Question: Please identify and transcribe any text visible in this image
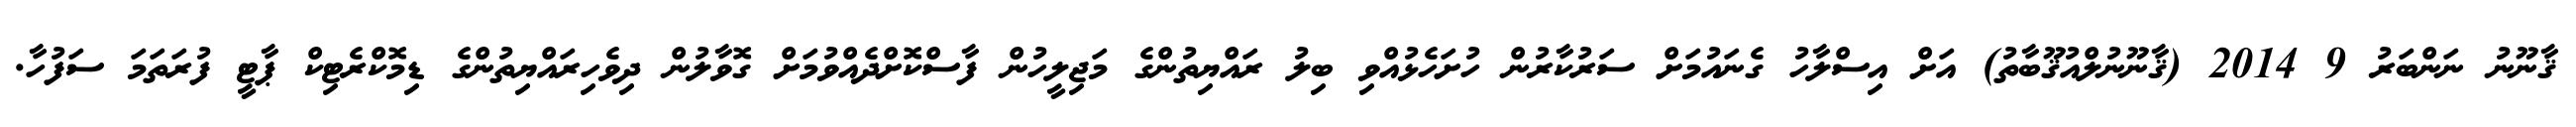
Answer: ޤާނޫނު ނަންބަރު 9 2014 (ޤާނޫނުލްއުޤޫބާތު) އަށް އިސްލާހު ގެނައުމަށް ސަރުކާރުން ހުށަހެޅުއްވި ބިލު ރައްޔިތުންގެ މަޖިލީހުން ފާސްކޮށްދެއްވުމަށް ގޮވާލުން ދިވެހިރައްޔިތުންގެ ޑިމޮކްރެޓިކް ޕާޓީ ފުރަތަމަ ސަފުހާ.